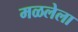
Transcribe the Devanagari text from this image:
मळलेला